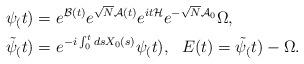
LaTeX: \begin{align*}\psi_(t) =&\ e^{\mathcal{B}(t)}e^{\sqrt{N}\mathcal{A}(t)} e^{it\mathcal{H}} e^{-\sqrt{N}\mathcal{A}_0}\Omega, \\ \tilde\psi_(t) =&\ e^{-i\int^t_0 ds X_0(s)} \psi_(t), \ \ E(t) = \tilde \psi_(t)-\Omega.\end{align*}